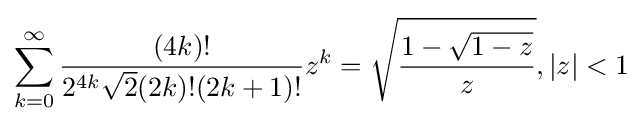
\sum _{k=0}^{\infty }{\frac {(4k)!}{2^{4k}{\sqrt {2}}(2k)!(2k+1)!}}z^{k}={\sqrt {\frac {1-{\sqrt {1-z}}}{z}}},|z|<1